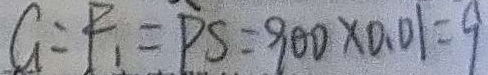
G = F _ { 1 } = P S = 9 0 0 \times 0 . 0 1 = 9